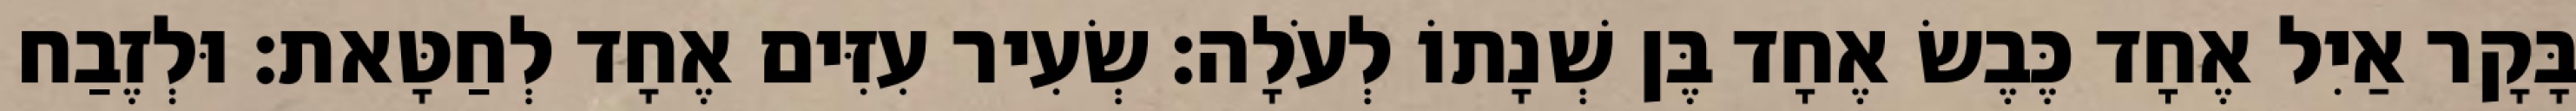
בָּקָר אַיִל אֶחָד כֶּבֶשׂ אֶחָד בֶּן שְׁנָתוֹ לְעֹלָה׃ שְׂעִיר עִזִּים אֶחָד לְחַטָּאת׃ וּלְזֶבַח